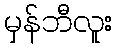
မှန်ဘီလူး